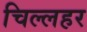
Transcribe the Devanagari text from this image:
चिल्लहर